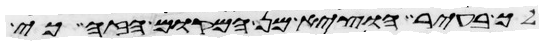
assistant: לך בעיר הוציא מן המקום הזה כי